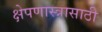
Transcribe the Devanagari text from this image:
क्षेपणास्त्रासाठी